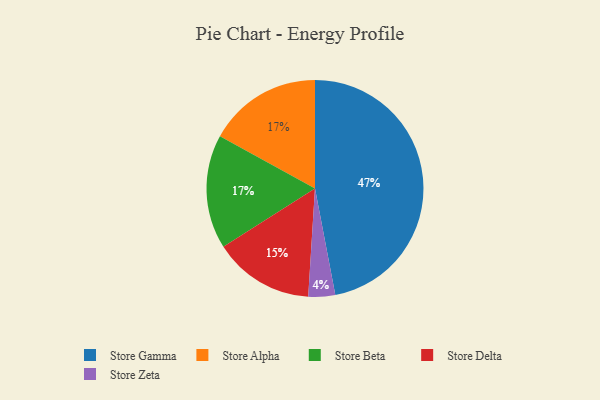
{"axis": {"x": "Category", "y": "Percentage"}, "legend": ["Store Alpha", "Store Beta", "Store Delta", "Store Gamma", "Store Zeta"], "data": [{"x": "Store Delta", "y": 15, "type": "Store Delta"}, {"x": "Store Alpha", "y": 17, "type": "Store Alpha"}, {"x": "Store Zeta", "y": 4, "type": "Store Zeta"}, {"x": "Store Beta", "y": 17, "type": "Store Beta"}, {"x": "Store Gamma", "y": 47, "type": "Store Gamma"}]}